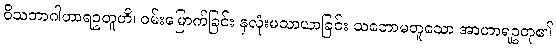
ဝိသဘာဂါဟာရဥတူဟိ၊ ဝမ်းမြောက်ခြင်း နှလုံးမသာယာခြင်း သဘောမတူသော အာဟာရဥတု၏